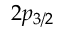
2 p _ { 3 / 2 }